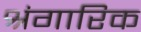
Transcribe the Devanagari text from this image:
श्रंगारिक